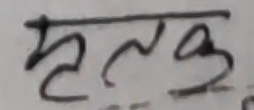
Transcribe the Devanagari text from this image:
मृलक